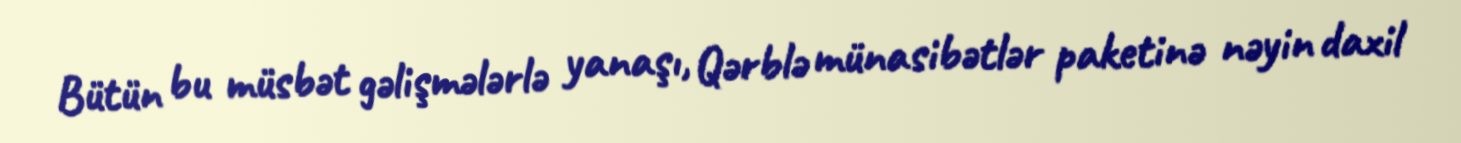
Bütün bu müsbət gəlişmələrlə yanaşı, Qərblə münasibətlər paketinə nəyin daxil